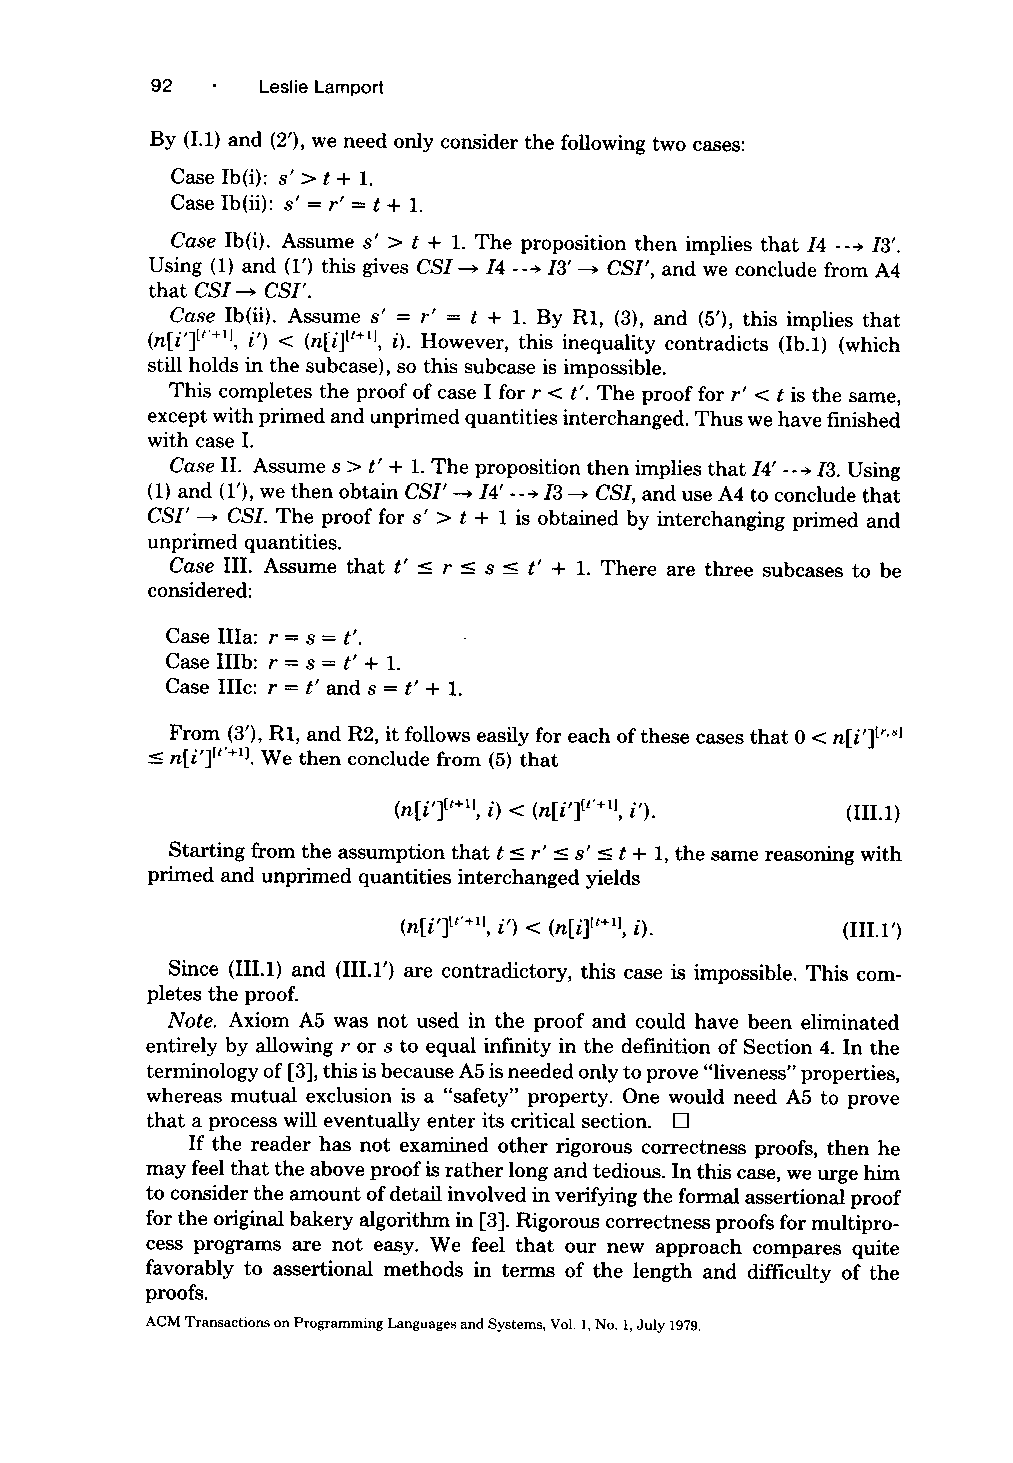
92     Leslie Lamport
 By (I.1) and (2'), we need only consider the following two cases:
 Case Ib(i): s' > t + 1.
 Case Ib(ii): s' = r' = t + 1.
 Case Ib(i). Assume s' > t + 1. The proposition then implies that/4 ---~ I3'.
 Using (1) and (1') this gives CSI---, I4 ---> 13' --, CSI', and we conclude from A4
 that CSI ~ CSI'.
 Case Ib(ii). Assume s' = r' = t + 1. By R1, (3), and (5'), this implies that
 (ni' tt'÷~l, i') < (ni tt÷~l, i). However, this inequality contradicts (Ib.1) (which
 still holds in the subcase), so this subcase is impossible.
 This completes the proof of case I for r < t'. The proof for r' < t is the same,
 except with primed and unprimed quantities interchanged. Thus we have finished
 with case I.
 Case II. Assume s > t' + 1. The proposition then implies that/4' ---~/3. Using
 (1) and (1'), we then obtain CSI' ~ I4' ---> 13 ---, CSI, and use A4 to conclude that
 CSI' ---* CSI. The proof for s' > t + 1 is obtained by interchanging primed and
 unprimed quantities.
 Case III. Assume that t' __ r _< s _ t' + 1. There are three subcases to be
 considered:
 Case IIIa: r = s = t'.
 Case IIIb: r = s = t' + 1.
 Case IIIc: r = t' and s = t' + 1.
 From (39, R1, and R2, it follows easily for each of these cases that 0 < ni'tr'81
 <- ni' r+ll. We then conclude from (5) that
 (ni' tt+~, i) < (ni' tt'+ll, i'). (III.1)
 Starting from the assumption that t __ r' __ s' __< t + 1, the same reasoning with
 primed and unprimed quantities interchanged yields
 (ni' tr÷ll, i') < (ni Et+~, i). (III.l')
 Since (III.1) and (III.l') are contradictory, this case is impossible. This com-
 pletes the proof.
 Note. Axiom A5 was not used in the proof and could have been eliminated
 entirely by allowing r or s to equal infinity in the definition of Section 4. In the
 terminology of 3, this is because A5 is needed only to prove "liveness" properties,
 whereas mutual exclusion is a "safety" property. One would need A5 to prove
 that a process will eventually enter its critical section.
 If the reader has not examined other rigorous correctness proofs, then he
 may feel that the above proof is rather long and tedious. In this case, we urge him
 to consider the amount of detail involved in verifying the formal assertional proof
 for the original bakery algorithm in 3. Rigorous correctness proofs for multipro-
 cess programs are not easy. We feel that our new approach compares quite
 favorably to assertional methods in terms of the length and difficulty of the
 proofs.
 ACM Transactions on Programming Languages and Systems, Vol. l, No. 1, July 1979.